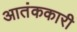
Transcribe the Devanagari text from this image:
आतंककारी